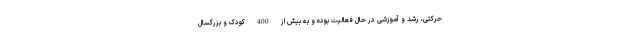
حرکتی، رشد و آموزشی در حال فعالیت بوده و به بیش از 400 کودک و بزرگسال